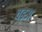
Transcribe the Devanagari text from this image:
वड़अ